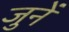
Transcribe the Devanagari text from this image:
जुनें